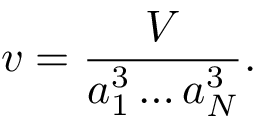
v = \frac { V } { a _ { 1 } ^ { 3 } \ldots a _ { N } ^ { 3 } } .